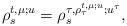
LaTeX: \begin{align*}\rho _{s}^{t,\mu ;u}=\rho _{s}^{\tau ,\rho _{\tau }^{t,\mu ;u};u^{\tau }},\end{align*}